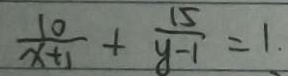
\frac { 1 0 } { x + 1 } + \frac { 1 5 } { y - 1 } = 1 .